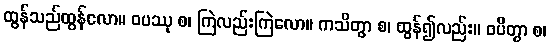
ထွန်သည်ထွန်လော။ ဝပဿု စ၊ ကြဲလည်းကြဲလော။ ကသိတွာ စ၊ ထွန်၍လည်း။ ဝပိတွာ စ၊